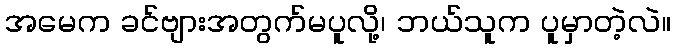
အမေက ခင်ဗျားအတွက်မပူလို့၊ ဘယ်သူက ပူမှာတဲ့လဲ။